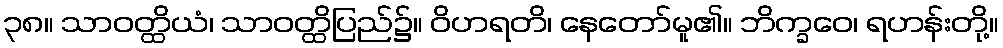
၃၈။ သာဝတ္ထိယံ၊ သာဝတ္ထိပြည်၌။ ဝိဟရတိ၊ နေတော်မူ၏။ ဘိက္ခဝေ၊ ရဟန်းတို့။